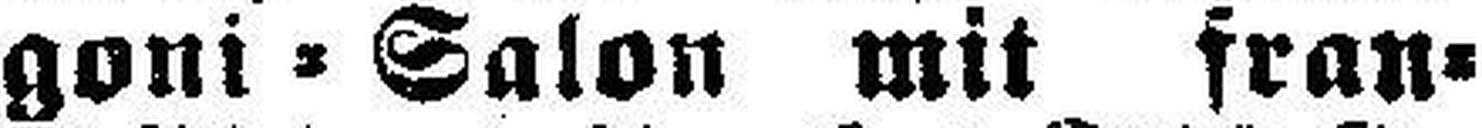
goni=Salon mit fran¬